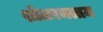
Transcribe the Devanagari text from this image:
शोलरमत्तम